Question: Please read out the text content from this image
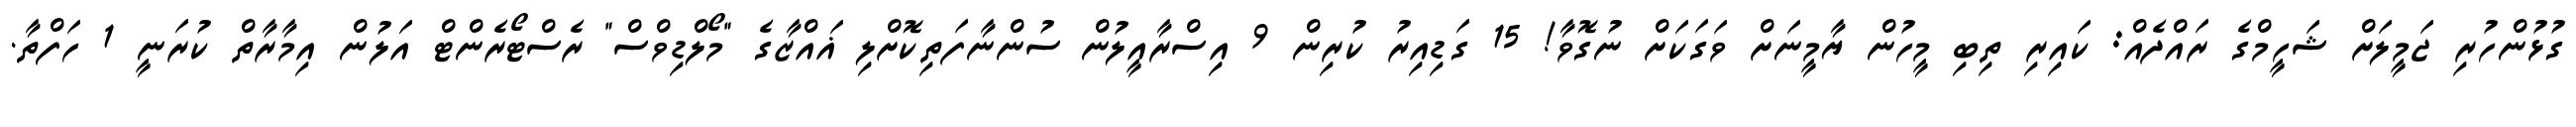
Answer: ގުޅުންހުރި ޖަމީލަށް ޝަހީމްގެ ރައްދެއް: ކައިރި ތިބި މީހުން ޔާމީނަށް ވަގަކަށް ނުގޮވާ! 15 ގަޑިއިރު ކުރިން 9 އިސްރާއީލުން ސުންނާފަތިކޮށްލި ޣައްޒާގެ "މޯލްޑިވްސް" ރެސްޓޯރެންޓް އަލުން އިމާރާތް ކުރަނީ 1 ހަފްތާ.